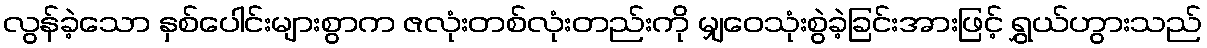
လွန်ခဲ့သော နှစ်ပေါင်းများစွာက ဇလုံးတစ်လုံးတည်းကို မျှဝေသုံးစွဲခဲ့ခြင်းအားဖြင့် ရွှယ်ဟွားသည်